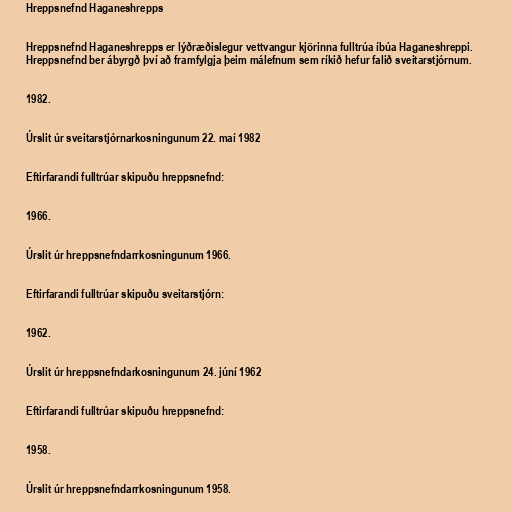
Hreppsnefnd Haganeshrepps

Hreppsnefnd Haganeshrepps er lýðræðislegur vettvangur kjörinna fulltrúa íbúa Haganeshreppi.
Hreppsnefnd ber ábyrgð því að framfylgja þeim málefnum sem ríkið hefur falið sveitarstjórnum.

1982.

Úrslit úr sveitarstjórnarkosningunum 22. maí 1982

Eftirfarandi fulltrúar skipuðu hreppsnefnd:

1966.

Úrslit úr hreppsnefndarrkosningunum 1966.

Eftirfarandi fulltrúar skipuðu sveitarstjórn:

1962.

Úrslit úr hreppsnefndarkosningunum 24. júní 1962

Eftirfarandi fulltrúar skipuðu hreppsnefnd:

1958.

Úrslit úr hreppsnefndarrkosningunum 1958.